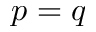
p = q